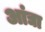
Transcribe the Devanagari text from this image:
आंद्या